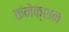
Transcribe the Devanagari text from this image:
कंनेक्शन